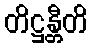
တိဋ္ဌန္တီတိ